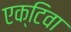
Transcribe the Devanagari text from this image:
एक्टिवा